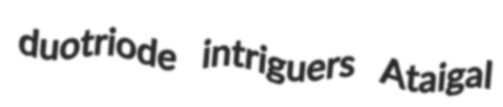
duotriode intriguers Ataigal